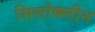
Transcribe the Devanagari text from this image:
सिलोक्लीन